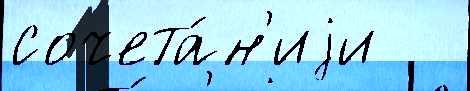
сочета́н'иjи